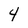
Character: 4